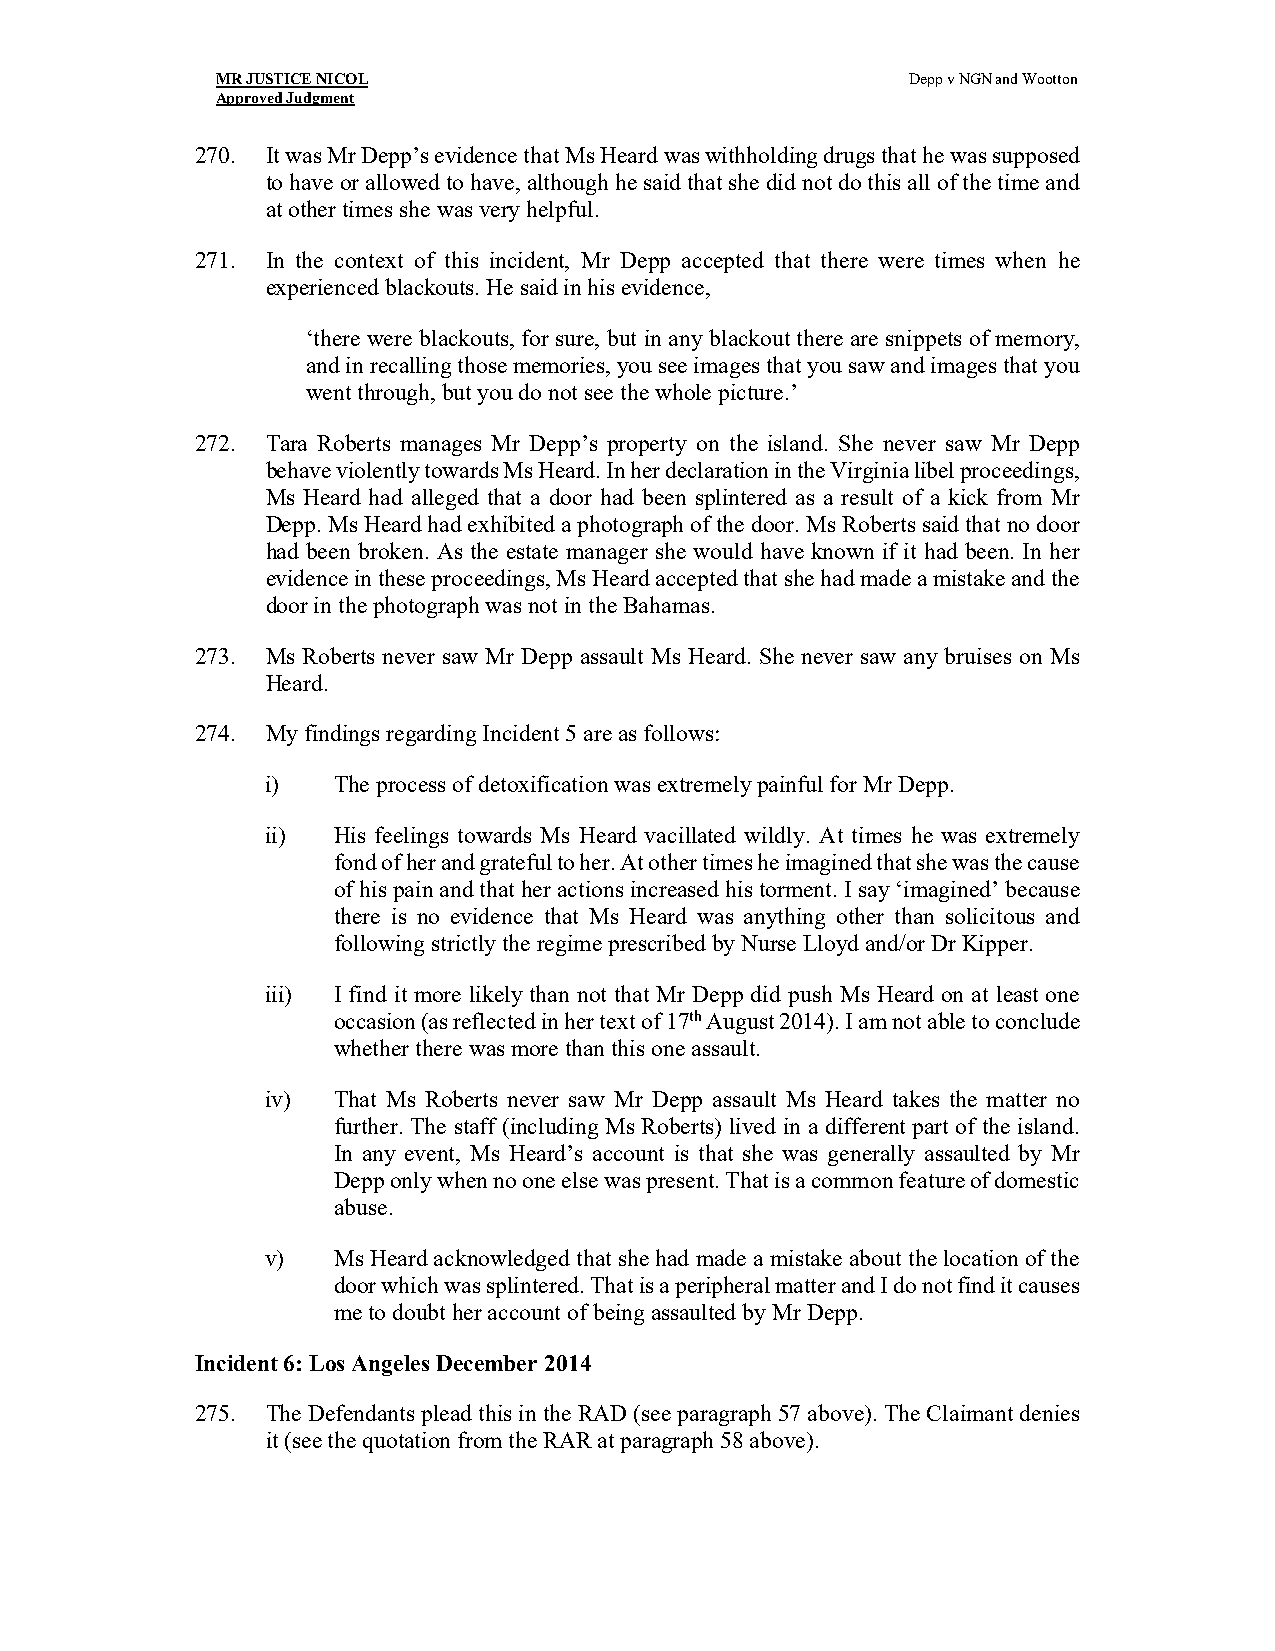
MR JUSTICE NICOL                              Depp v NGN and Wootton
 Approved Judgment
 270. It was Mr Depp’s evidence that Ms Heard was withholding drugs that he was supposed
 to have or allowed to have, although he said that she did not do this all of the time and
 at other times she was very helpful.
 271. In the context of this incident, Mr Depp accepted that there were times when he
 experienced blackouts. He said in his evidence,
 ‘there were blackouts, for sure, but in any blackout there are snippets of memory,
 and in recalling those memories, you see images that you saw and images that you
 went through, but you do not see the whole picture.’
 272. Tara Roberts manages Mr Depp’s property on the island. She never saw Mr Depp
 behave violently towards Ms Heard. In her declaration in the Virginia libel proceedings,
 Ms Heard had alleged that a door had been splintered as a result of a kick from Mr
 Depp. Ms Heard had exhibited a photograph of the door. Ms Roberts said that no door
 had been broken. As the estate manager she would have known if it had been. In her
 evidence in these proceedings, Ms Heard accepted that she had made a mistake and the
 door in the photograph was not in the Bahamas.
 273. Ms Roberts never saw Mr Depp assault Ms Heard. She never saw any bruises on Ms
 Heard.
 274. My findings regarding Incident 5 are as follows:
 i)  The process of detoxification was extremely painful for Mr Depp.
 ii) His feelings towards Ms Heard vacillated wildly. At times he was extremely
 fond of her and grateful to her. At other times he imagined that she was the cause
 of his pain and that her actions increased his torment. I say ‘imagined’ because
 there is no evidence that Ms Heard was anything other than solicitous and
 following strictly the regime prescribed by Nurse Lloyd and/or Dr Kipper.
 iii) I find it more likely than not that Mr Depp did push Ms Heard on at least one
 occasion (as reflected in her text of 17th August 2014). I am not able to conclude
 whether there was more than this one assault.
 iv) That Ms Roberts never saw Mr Depp assault Ms Heard takes the matter no
 further. The staff (including Ms Roberts) lived in a different part of the island.
 In any event, Ms Heard’s account is that she was generally assaulted by Mr
 Depp only when no one else was present. That is a common feature of domestic
 abuse.
 v)  Ms Heard acknowledged that she had made a mistake about the location of the
 door which was splintered. That is a peripheral matter and I do not find it causes
 me to doubt her account of being assaulted by Mr Depp.
 Incident 6: Los Angeles December 2014
 275. The Defendants plead this in the RAD (see paragraph 57 above). The Claimant denies
 it (see the quotation from the RAR at paragraph 58 above).